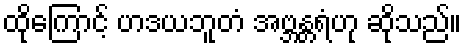
ထိုကြောင့် ဟဒယဘူတံ အဗ္ဘန္တရံဟု ဆိုသည်။